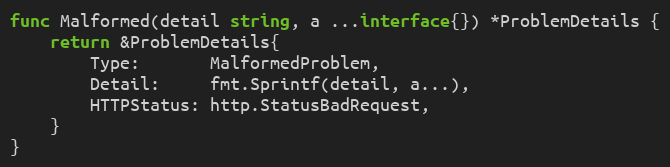
Language: Go
func Malformed(detail string, a ...interface{}) *ProblemDetails {
	return &ProblemDetails{
		Type:       MalformedProblem,
		Detail:     fmt.Sprintf(detail, a...),
		HTTPStatus: http.StatusBadRequest,
	}
}